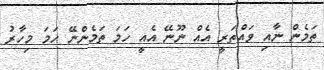
ތަމެން ނާއި ވައްތަރީ އެއް ނޫނޭ އެއީ ހަމަ ތަމެންނޭ ހަމަ މިހާރު